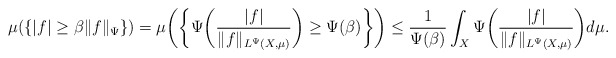
\begin{align*} \mu(\{|f|\geq\beta\|f\|_\Psi\})=\mu\bigg(\bigg\{\Psi\bigg(\frac{|f|}{\|f\|_{L^\Psi(X,\mu)}}\bigg)\geq\Psi(\beta)\bigg\}\bigg)\leq\frac{1}{\Psi(\beta)}\int_X\Psi\bigg(\frac{|f|}{\|f\|_{L^\Psi(X,\mu)}}\bigg)d\mu.\end{align*}